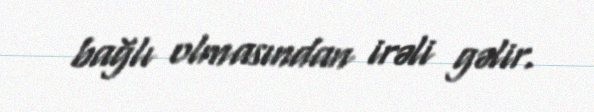
bağlı olmasından irəli gəlir.